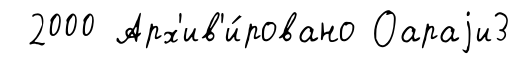
2000 Арх'ив'и́ровано Оараjи3